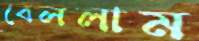
বেললাম